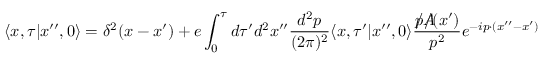
\langle x , \tau \vert x ^ { \prime \prime } , 0 \rangle = \delta ^ { 2 } ( x - x ^ { \prime } ) + e \int _ { 0 } ^ { \tau } d \tau ^ { \prime } d ^ { 2 } x ^ { \prime \prime } { \frac { d ^ { 2 } p } { ( 2 \pi ) ^ { 2 } } } \langle x , \tau ^ { \prime } \vert x ^ { \prime \prime } , 0 \rangle { \frac { p \! \! \! \slash A \! \! \! \! \slash ( x ^ { \prime } ) } { p ^ { 2 } } } e ^ { - i p \cdot ( x ^ { \prime \prime } - x ^ { \prime } ) } \; \;